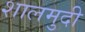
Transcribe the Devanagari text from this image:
शालमुदी